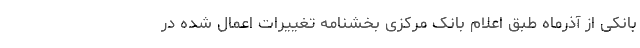
بانکی از آذرماه طبق اعلام بانک مرکزی بخشنامه تغییرات اعمال شده در